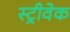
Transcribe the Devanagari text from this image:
स्ट्रीवेक